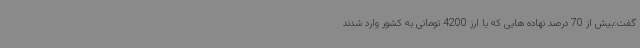
گفت:بیش از 70 درصد نهاده هایی که با ارز 4200 تومانی به کشور وارد شدند